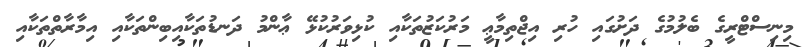
މިނިސްޓްރީގެ ބެލުމުގެ ދަށުގައި ހުރި އިޖްތިމާޢީ މަރުކަޒުތަކާއި ކުޅިވަރުކުޅޭ ޢާންމު ދަނޑުތަކާއިބިންތަކާއި އިމާރާތްތަކާއި